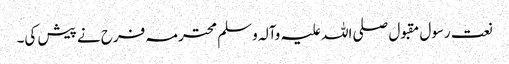
نعت رسول مقبول صلی اللہ علیہ وآلہ وسلم محترمہ فرح نے پیش کی۔